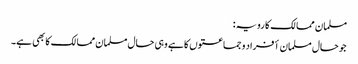
مسلمان ممالک کا رویہ :
جو حال مسلمان أفراد و جماعتوں کا ہے وہی حال مسلمان ممالک کا بھی ہے۔